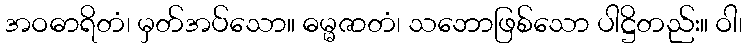
အဝဓာရိတံ၊ မှတ်အပ်သော။ ဓမ္မဇာတံ၊ သဘောဖြစ်သော ပါဋ္ဌိတည်း။ ဝါ၊